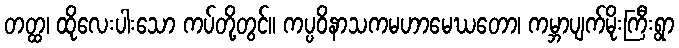
တတ္ထ၊ ထိုလေးပါးသော ကပ်တို့တွင်။ ကပ္ပဝိနာသကမဟာမေဃတော၊ ကမ္ဘာပျက်မိုးကြီးရွာ